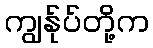
ကျွန်ုပ်တို့က